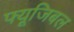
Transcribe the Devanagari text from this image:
फ्यूजिबल